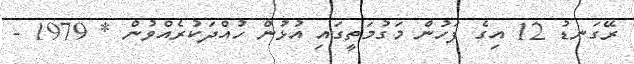
ރޭގަނޑު 12 އިގެ ފަހުން މަގުމަތީގައި އުޅުން ހުއްދަކުރެއްވުން * 1979 -